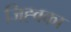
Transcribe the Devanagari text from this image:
जिह्वका